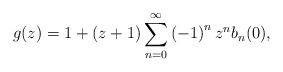
\begin{align*}g(z)=1+\left( z+1\right) \sum_{n=0}^{\infty}\left( -1\right) ^{n}z^{n}b_{n}(0), \end{align*}